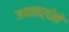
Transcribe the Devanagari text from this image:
जयावर्धेने